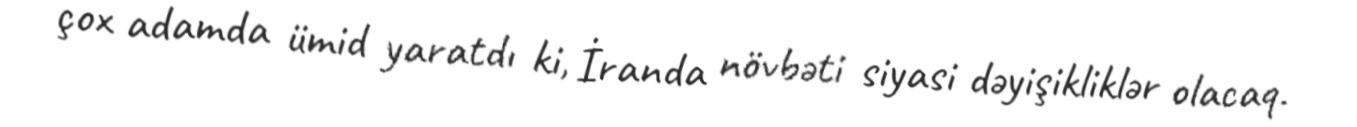
çox adamda ümid yaratdı ki, İranda növbəti siyasi dəyişikliklər olacaq.